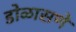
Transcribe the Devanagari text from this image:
डोळासणे